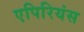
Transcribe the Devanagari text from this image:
एपिरियंस